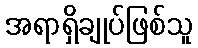
အရာရှိချုပ်ဖြစ်သူ